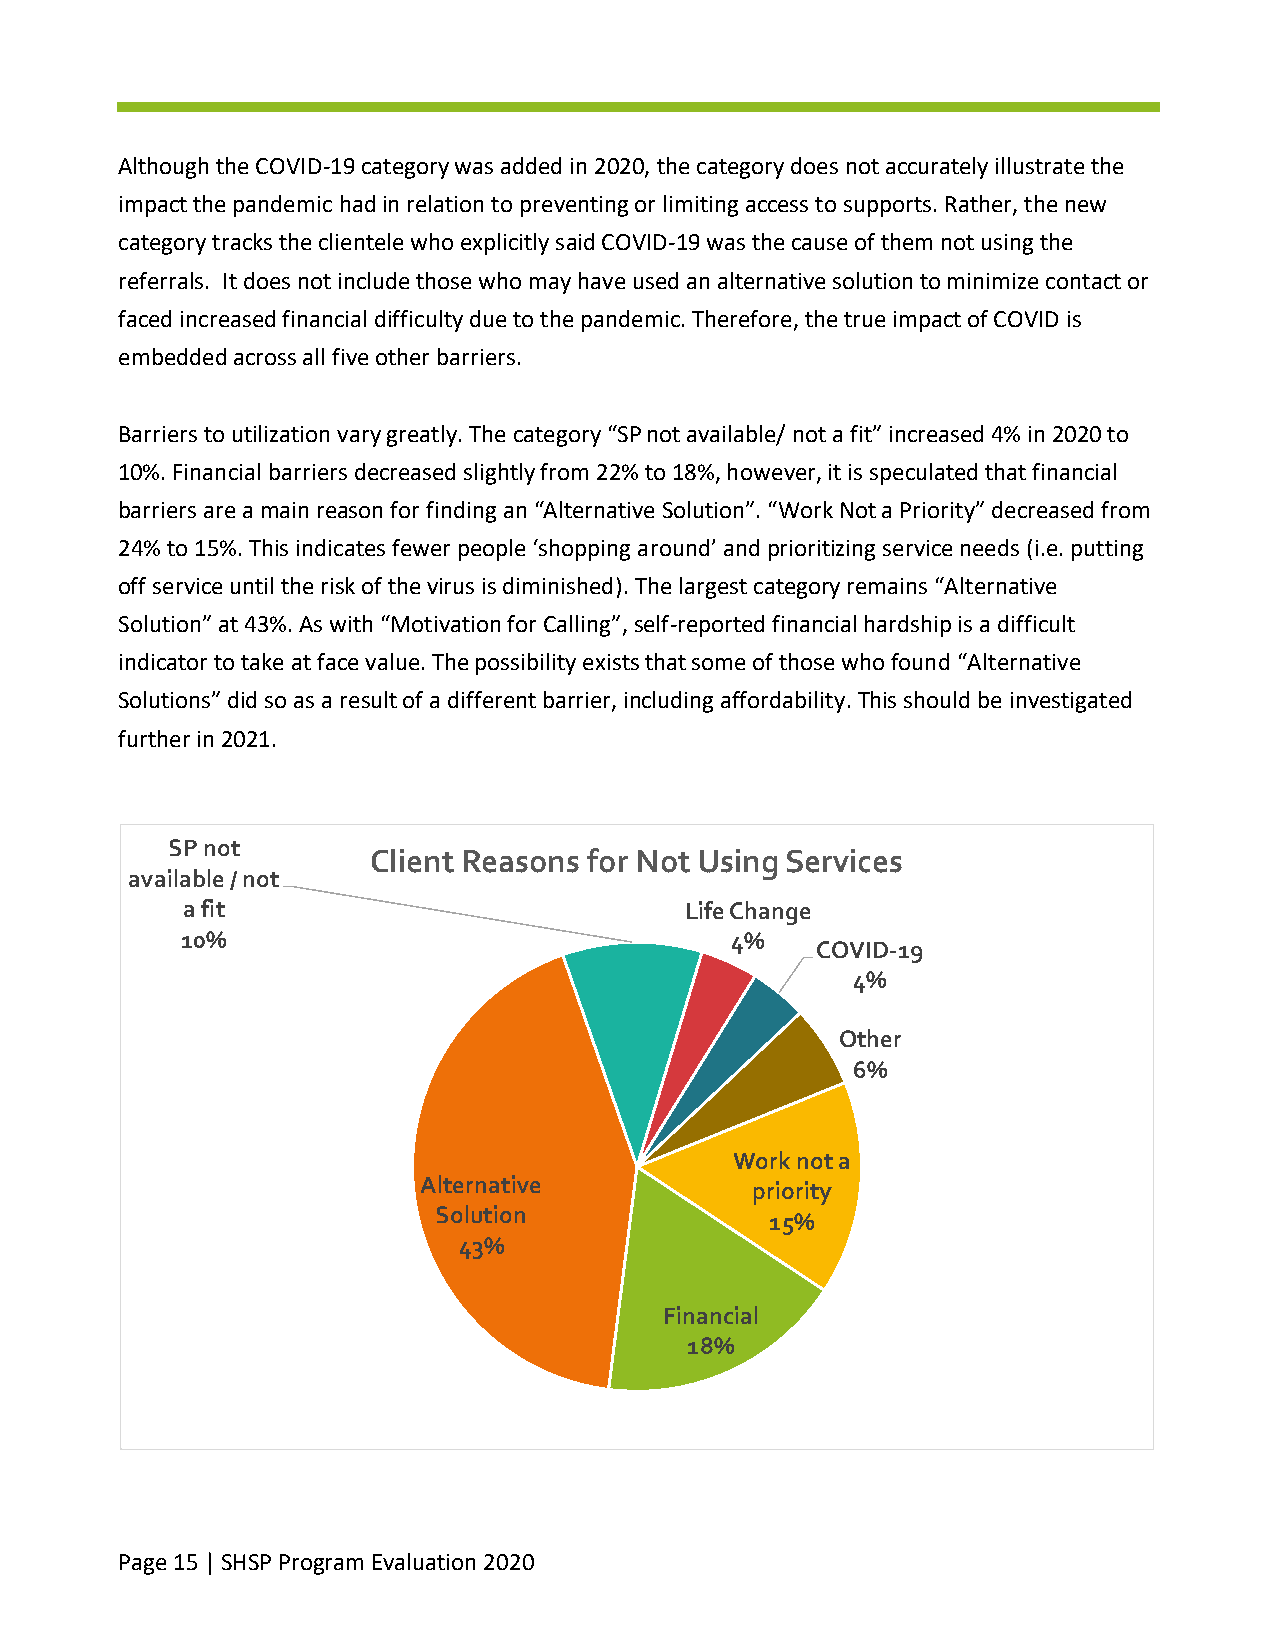
Although the COVID-19 category was added in 2020, the category does not accurately illustrate the
 impact the pandemic had in relation to preventing or limiting access to supports. Rather, the new
 category tracks the clientele who explicitly said COVID-19 was the cause of them not using the
 referrals. It does not include those who may have used an alternative solution to minimize contact or
 faced increased financial difficulty due to the pandemic. Therefore, the true impact of COVID is
 embedded across all five other barriers.
 Barriers to utilization vary greatly. The category “SP not available/ not a fit” increased 4% in 2020 to
 10%. Financial barriers decreased slightly from 22% to 18%, however, it is speculated that financial
 barriers are a main reason for finding an “Alternative Solution”. “Work Not a Priority” decreased from
 24% to 15%. This indicates fewer people ‘shopping around’ and prioritizing service needs (i.e. putting
 off service until the risk of the virus is diminished). The largest category remains “Alternative
 Solution” at 43%. As with “Motivation for Calling”, self-reported financial hardship is a difficult
 indicator to take at face value. The possibility exists that some of those who found “Alternative
 Solutions” did so as a result of a different barrier, including affordability. This should be investigated
 further in 2021.
 SP not
 Client Reasons for Not Using Services
 available / not
 a fit                            Life Change
 10%                                 4%
 COVID-19
 4%
 Other
 6%
 Work not a
 Alternative
 priority
 Solution
 15%
 43%
 Financial
 18%
 Page 15 | SHSP Program Evaluation 2020